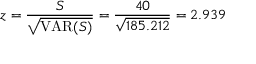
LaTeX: z = { \frac { S } { \sqrt { \operatorname { V A R } ( S ) } } } = { \frac { 4 0 } { \sqrt { 1 8 5 . 2 1 2 } } } = 2 . 9 3 9